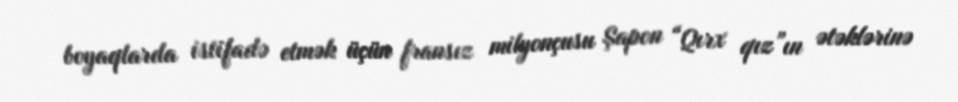
boyaqlarda istifadə etmək üçün fransız milyonçusu Şapon “Qırx qız”ın ətəklərinə